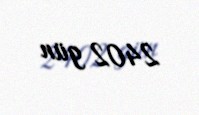
2402 gün